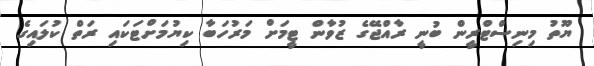
ޔޫތު މިނިސްޓްރީން ބުނީ ރާއްޖޭގެ ޒުވާން ޓީމަށް މަރުހަބާ ކިޔުމަށްޓަކައި ރަތް ކުލައިގެ